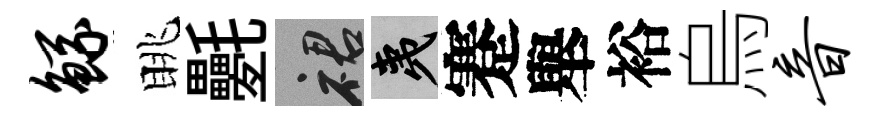
鲧眺氎裙夷蹇舉裕烏音